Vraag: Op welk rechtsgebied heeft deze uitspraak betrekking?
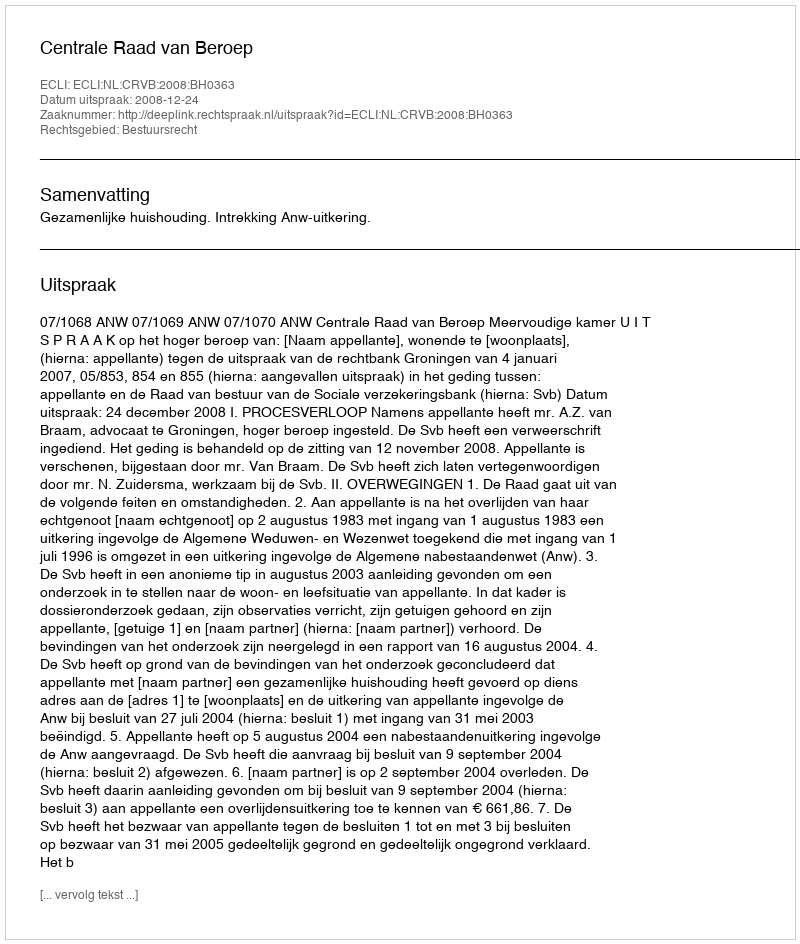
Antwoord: Bestuursrecht